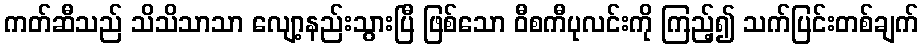
ကတ်ဆီသည် သိသိသာသာ လျော့နည်းသွားပြီ ဖြစ်သော ဝီစကီပုလင်းကို ကြည့်၍ သက်ပြင်းတစ်ချက်